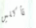
تأكلين